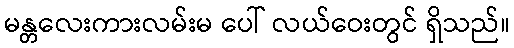
မန္တလေးကားလမ်းမ ပေါ် လယ်ဝေးတွင် ရှိသည်။